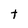
Character: t